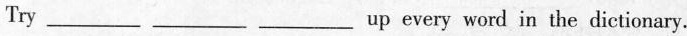
Try ___ ___ ___ up every word in the dictionary.